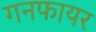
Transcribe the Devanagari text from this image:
गनफायर